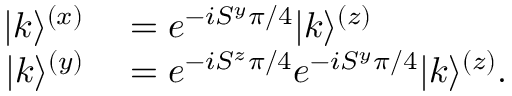
\begin{array} { r l } { | k \rangle ^ { ( x ) } } & { { } = e ^ { - i S ^ { y } \pi / 4 } | k \rangle ^ { ( z ) } } \\ { | k \rangle ^ { ( y ) } } & { { } = e ^ { - i S ^ { z } \pi / 4 } e ^ { - i S ^ { y } \pi / 4 } | k \rangle ^ { ( z ) } . } \end{array}